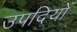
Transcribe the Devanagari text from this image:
उपदियों